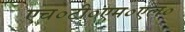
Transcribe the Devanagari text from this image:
एच०टी०एम०एल०